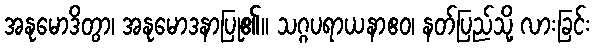
အနုမောဒိတွာ၊ အနုမောဒနာပြု၏။ သဂ္ဂပရာယနာဧဝ၊ နတ်ပြည်သို့ လားခြင်း